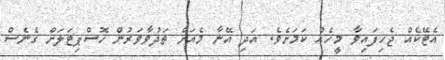
އެޓޭކެއް ޖެހިފައިވާ މީހެއް ކަމަށެވެ. އަދި އޭނާ މެއަށް ތަދުވާވަރުން ހޮސްޕިޓަލަށް ގެނެސް